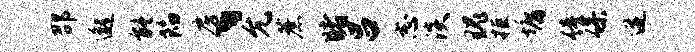
邵邈能陷房、允蔗睹吕志淡瑰拒墉僮保迸